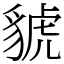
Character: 䝞